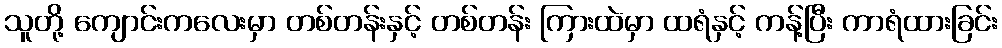
သူတို့ ကျောင်းကလေးမှာ တစ်တန်းနှင့် တစ်တန်း ကြားထဲမှာ ထရံနှင့် ကန့်ပြီး ကာရံထားခြင်း